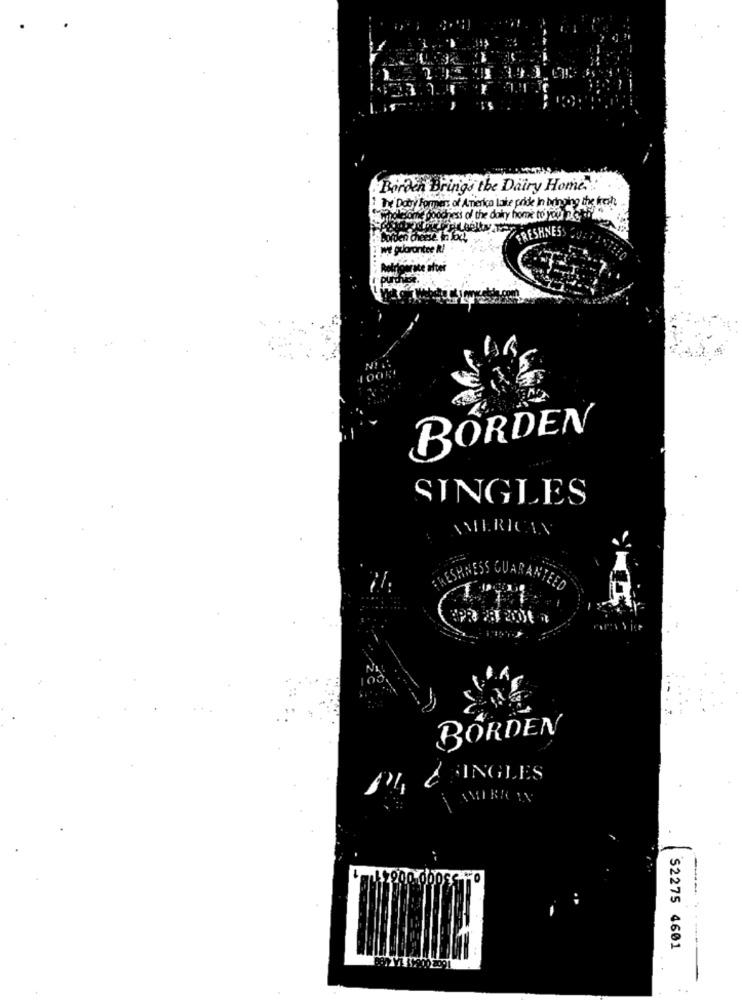
.Boroch Brings the Dairy Home! .
1The Dobry formes of America Lake pride In bringing the fresh
holleforte goodness of the dairy hone to your 2 City
FRESHNESS
we guarantee R!
Refrigerate after
BORDEN
SINGLES
AMERICAN
FRESHNESS GUARANTEED
BORDEN
P4 CHINGLES
200.00086 -0
S2275 4601